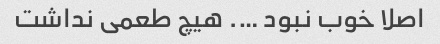
اصلا خوب نبود …. هیچ طعمی نداشت